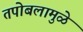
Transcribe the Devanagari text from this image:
तपोबलामुळे